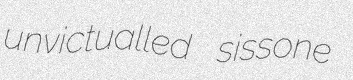
unvictualled sissone